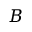
B